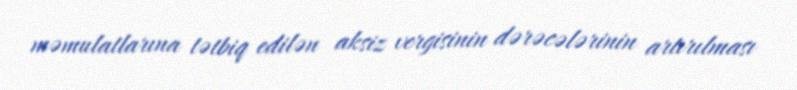
məmulatlarına tətbiq edilən aksiz vergisinin dərəcələrinin artırılması